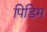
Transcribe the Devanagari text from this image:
पिडिम